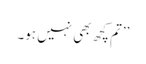
’’تم کچھ بھی نہیں ہو۔